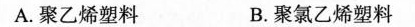
A.聚乙烯塑料 B.聚氯乙烯塑料